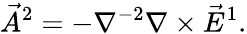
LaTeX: \vec{A}^{2}=-\nabla^{-2}\nabla\times\vec{E}^{1}.